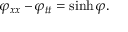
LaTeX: \varphi _ { x x } - \varphi _ { t t } = \sinh \varphi .